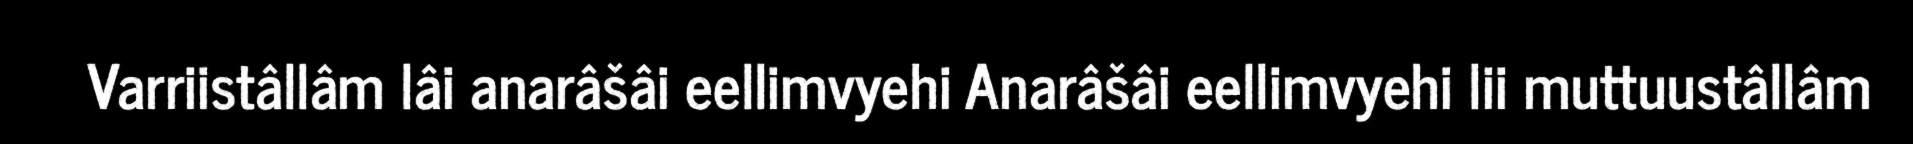
Varriistâllâm lâi anarâšâi eellimvyehi Anarâšâi eellimvyehi lii muttuustâllâm